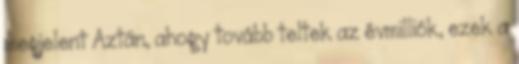
megjelent Aztán, ahogy tovább teltek az évmilliók, ezek a